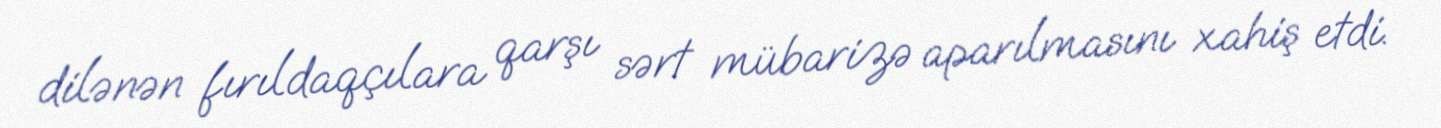
dilənən fırıldaqçılara qarşı sərt mübarizə aparılmasını xahiş etdi.